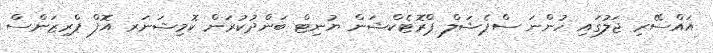
އައްސޭރި ޖަލުގައި ހުންނަ ސްޕެޝަލް ޕްރޮޓެކްޝަން ޔުނިޓް ބަންދުކުރަން ކޮމިޝަނަރ އޮފް ޕްރިޒަންސް